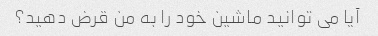
آیا می توانید ماشین خود را به من قرض دهید؟